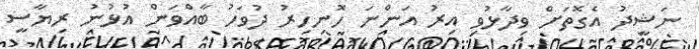
ނަޝީދު އެގޮތަށް ވިދާޅުވި އިރު އަންނަ ހޮނިހިރު ދުވަހު ބާއްވަން އުޅުނު ރިޔާސީ